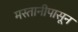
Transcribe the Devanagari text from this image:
मस्तानीपासून